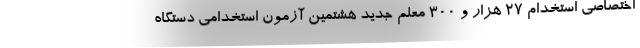
اختصاصی استخدام 27 هزار و 300 معلم جدید هشتمین آزمون استخدامی دستگاه